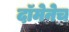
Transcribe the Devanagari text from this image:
दॉमेनेच